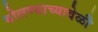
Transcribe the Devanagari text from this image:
बोलण्याच्यावेळी